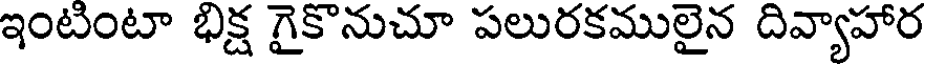
ఇంటంటా భిక్ష గైకొనుచూ పలురకములైన దివ్యాహార